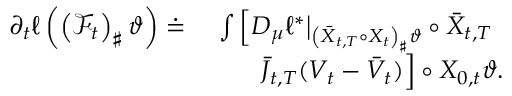
\begin{array} { r l } { \partial _ { t } \ell \left( \left( \mathcal F _ { t } \right) _ { \sharp } \vartheta \right) \doteq } & { \ \int \Big [ D _ { \mu } \ell ^ { * } \big | _ { \left( \bar { X } _ { t , T } \circ X _ { t } \right) _ { \sharp } \vartheta } \circ \bar { X } _ { t , T } } \\ & { \qquad \bar { J } _ { t , T } ( V _ { t } - \bar { V } _ { t } ) \Big ] \circ X _ { 0 , t } \d \vartheta . } \end{array}